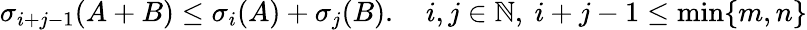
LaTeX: \sigma_{i+j-1}(A+B)\leq\sigma_{i}(A)+\sigma_{j}(B).\quad i,j\in\mathbb{N},\ i+j-1\leq\operatorname*{min}\{ m,n\}